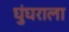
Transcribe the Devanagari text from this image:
घुंघराला